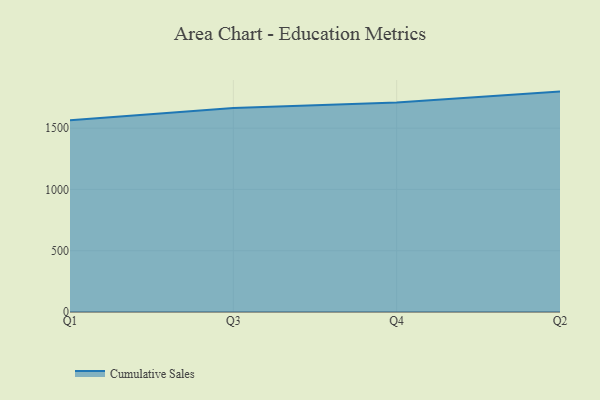
{"axis": {"x": "Quarter", "y": "Conversion Rate (%)"}, "legend": ["Cumulative Sales"], "data": [{"x": "Q1", "y": 1564.4, "type": "Cumulative Sales"}, {"x": "Q3", "y": 1664.7, "type": "Cumulative Sales"}, {"x": "Q4", "y": 1708.7, "type": "Cumulative Sales"}, {"x": "Q2", "y": 1798.0, "type": "Cumulative Sales"}]}